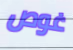
غوص